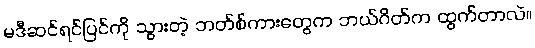
မဒီဆင်ရင်ပြင်ကို သွားတဲ့ ဘတ်စ်ကားတွေက ဘယ်ဂိတ်က ထွက်တာလဲ။